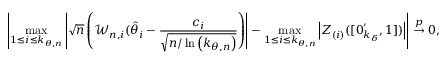
\left\vert \operatorname* { m a x } _ { 1 \leq i \leq k _ { \theta , n } } \left\vert \sqrt { n } \left( \mathcal { W } _ { n , i } ( \hat { \theta } _ { i } - \frac { c _ { i } } { \sqrt { n / \ln \left( k _ { \theta , n } \right) } } \right) \right\vert - \operatorname* { m a x } _ { 1 \leq i \leq k _ { \theta , n } } \left\vert \boldsymbol { Z } _ { ( i ) } ( [ \boldsymbol { 0 } _ { k _ { \delta } } ^ { \prime } , 1 ] ) \right\vert \right\vert \overset { p } { \rightarrow } 0 ,